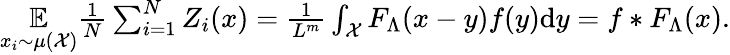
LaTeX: \begin{array}{r}{\underset{x_{i}\sim\mu\left({\cal{X}}\right)}{\mathbb{E}}\frac{1}{N}\sum_{i=1}^{N}Z_{i}(x)=\frac{1}{L^{m}}\int_{{\cal{X}}}F_{\Lambda}(x-y)f(y)\mathrm{d}y=f*F_{\Lambda}(x).}\end{array}